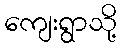
ကျေးရွာသို့